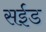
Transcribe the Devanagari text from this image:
सईड